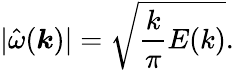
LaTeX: |\hat{\omega}(\boldsymbol{k})|=\sqrt{\frac{k}{\pi}E(k)}.